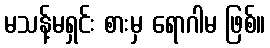
မသန့်မရှင်း စားမှ ရောဂါမ ဖြစ်။